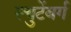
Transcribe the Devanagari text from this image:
ल्युटेंबर्ग